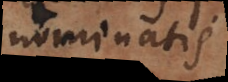
nominatis